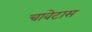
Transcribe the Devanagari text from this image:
चावेटास